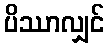
ပိဿာလျှင်